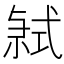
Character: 𭚤